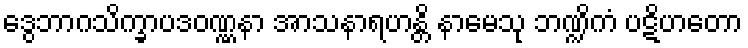
ဒွေဘာဂသိက္ခာပဒဝဏ္ဏနာ အာသနာရဟန္တိ နာမေသု ဘဏ္ဍိကံ ပဋိဟတော